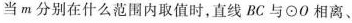
当m分别在什么范围内取值时，直线BC与⊙O相离、